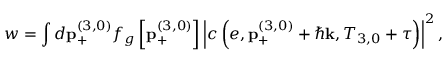
w = \int d \mathbf { p } _ { + } ^ { \left( 3 , 0 \right) } f _ { g } \left[ \mathbf { p } _ { + } ^ { \left( 3 , 0 \right) } \right] \left\vert c \left( e , \mathbf { p } _ { + } ^ { \left( 3 , 0 \right) } + \hbar \mathbf { k } , T _ { 3 , 0 } + \tau \right) \right\vert ^ { 2 } ,